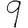
Digit: 9